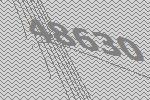
48630